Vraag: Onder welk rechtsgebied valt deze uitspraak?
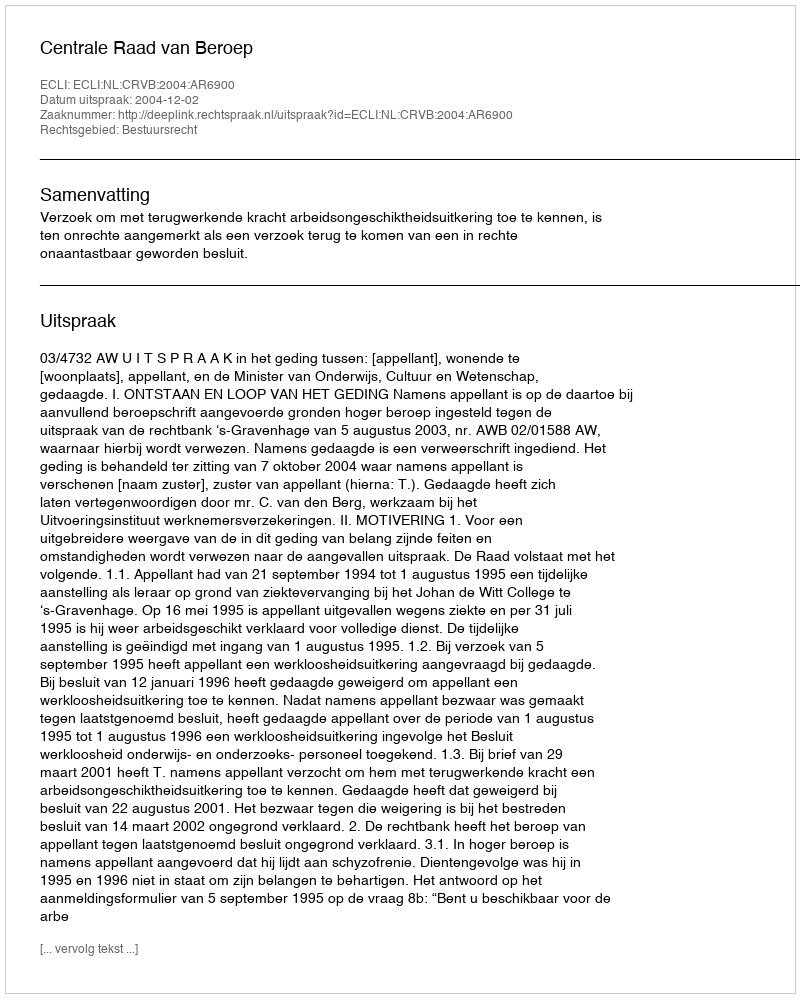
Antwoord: Bestuursrecht